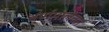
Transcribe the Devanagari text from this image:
वर्णमालेच्या